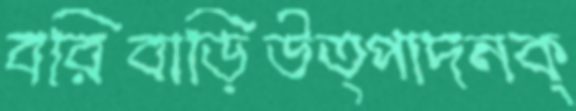
বরিবাড়িউত্পাদনক্